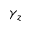
\gamma _ { z }